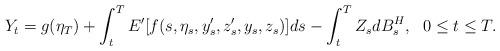
LaTeX: \begin{align*} Y_{t} = g(\eta_{T}) + \int_t^T E'[f(s,\eta_{s},y'_{s},z'_{s},y_{s},z_{s})] ds - \int_t^T Z_{s} dB_{s}^{H}, \ \ 0\leq t\leq T.\end{align*}